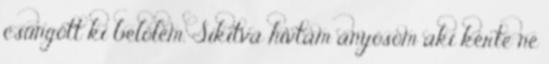
csüngött ki belőlem. Sikítva hívtam anyósom aki kérte ne